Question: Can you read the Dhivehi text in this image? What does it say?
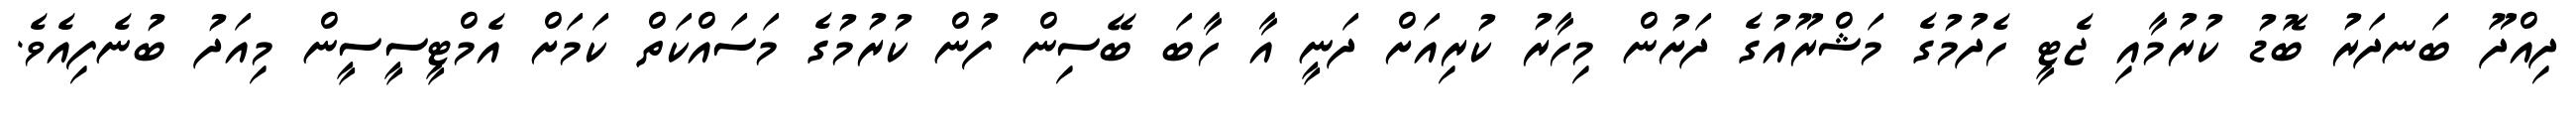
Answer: ދިއްދޫ ބަނދަރު ބޮޑު ކުރުމާއި ޖެޓީ ހެދުމުގެ މަޝްރޫއުގެ ދަށުން މިހާރު ކުރިއަށް ދަނީ އާ ހާބަ ބޭސިން ފުން ކުރުމުގެ މަސައްކަތް ކަމަށް އެމްޓީސީސީން މިއަދު ބުނެފިއެވެ.